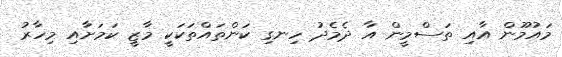
މައުމޫން އާއި ތަސްމީން އާ ދެމެދު ހިނގި ކަންތައްތަކަކީ މާޒީ ކަމަށާއި މިހާރު